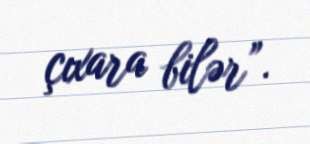
çıxara bilər”.